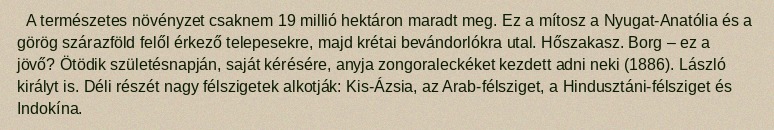
A természetes növényzet csaknem 19 millió hektáron maradt meg. Ez a mítosz a Nyugat-Anatólia és a görög szárazföld felől érkező telepesekre, majd krétai bevándorlókra utal. Hőszakasz. Borg – ez a jövő? Ötödik születésnapján, saját kérésére, anyja zongoraleckéket kezdett adni neki (1886). László királyt is. Déli részét nagy félszigetek alkotják: Kis-Ázsia, az Arab-félsziget, a Hindusztáni-félsziget és Indokína.